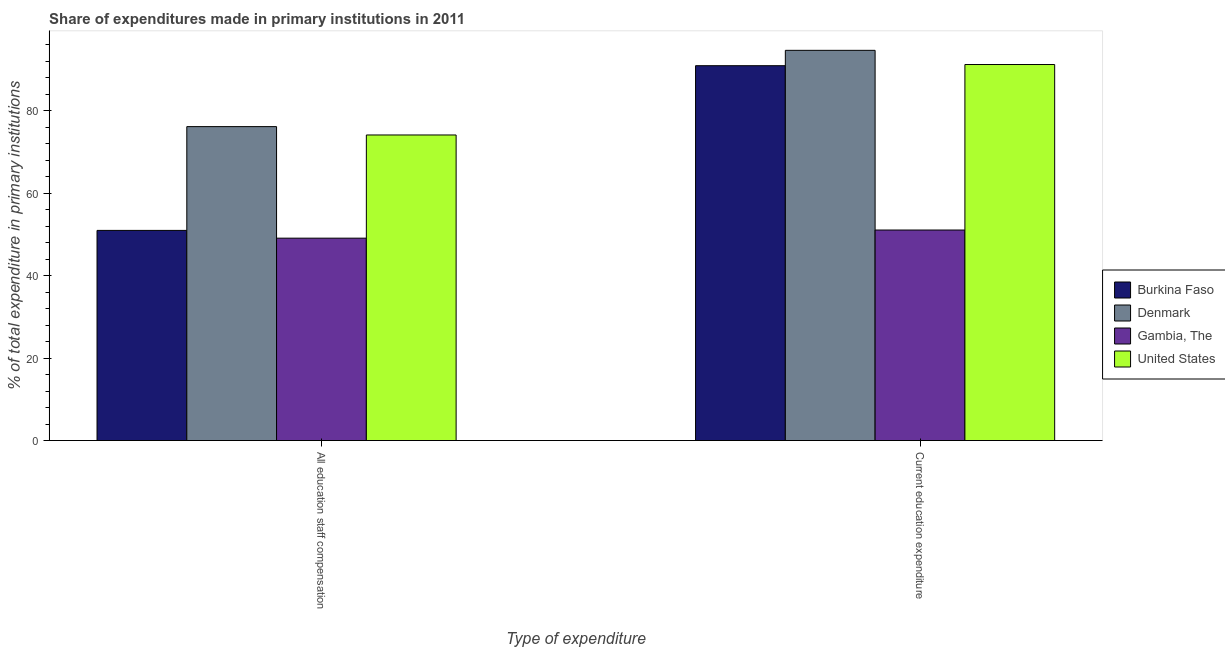
| Type of expenditure | Burkina Faso | Denmark | Gambia, The | United States |
 | --- | --- | --- | --- | --- |
 | All education staff compensation | 51 | 76.1 | 49.1 | 74.1 |
 | Current education expenditure | 90.9 | 94.6 | 51.1 | 91.2 |